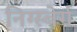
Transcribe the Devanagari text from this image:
निग्स्बेर्ग